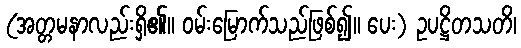
(အတ္တမနာလည်းရှိ၏။ ဝမ်းမြောက်သည်ဖြစ်၍။ ပေး) ဥပဋ္ဌိတသတိ၊